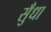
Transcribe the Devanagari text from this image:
सुँधा